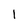
Character: l